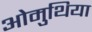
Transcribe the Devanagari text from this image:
ओमुथिया